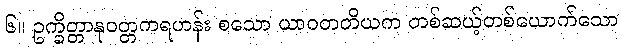
၆။ ဥက္ခိတ္တာနုဝတ္တကရဟန်း စသော ယာဝတတိယက တစ်ဆယ့်တစ်ယောက်သော